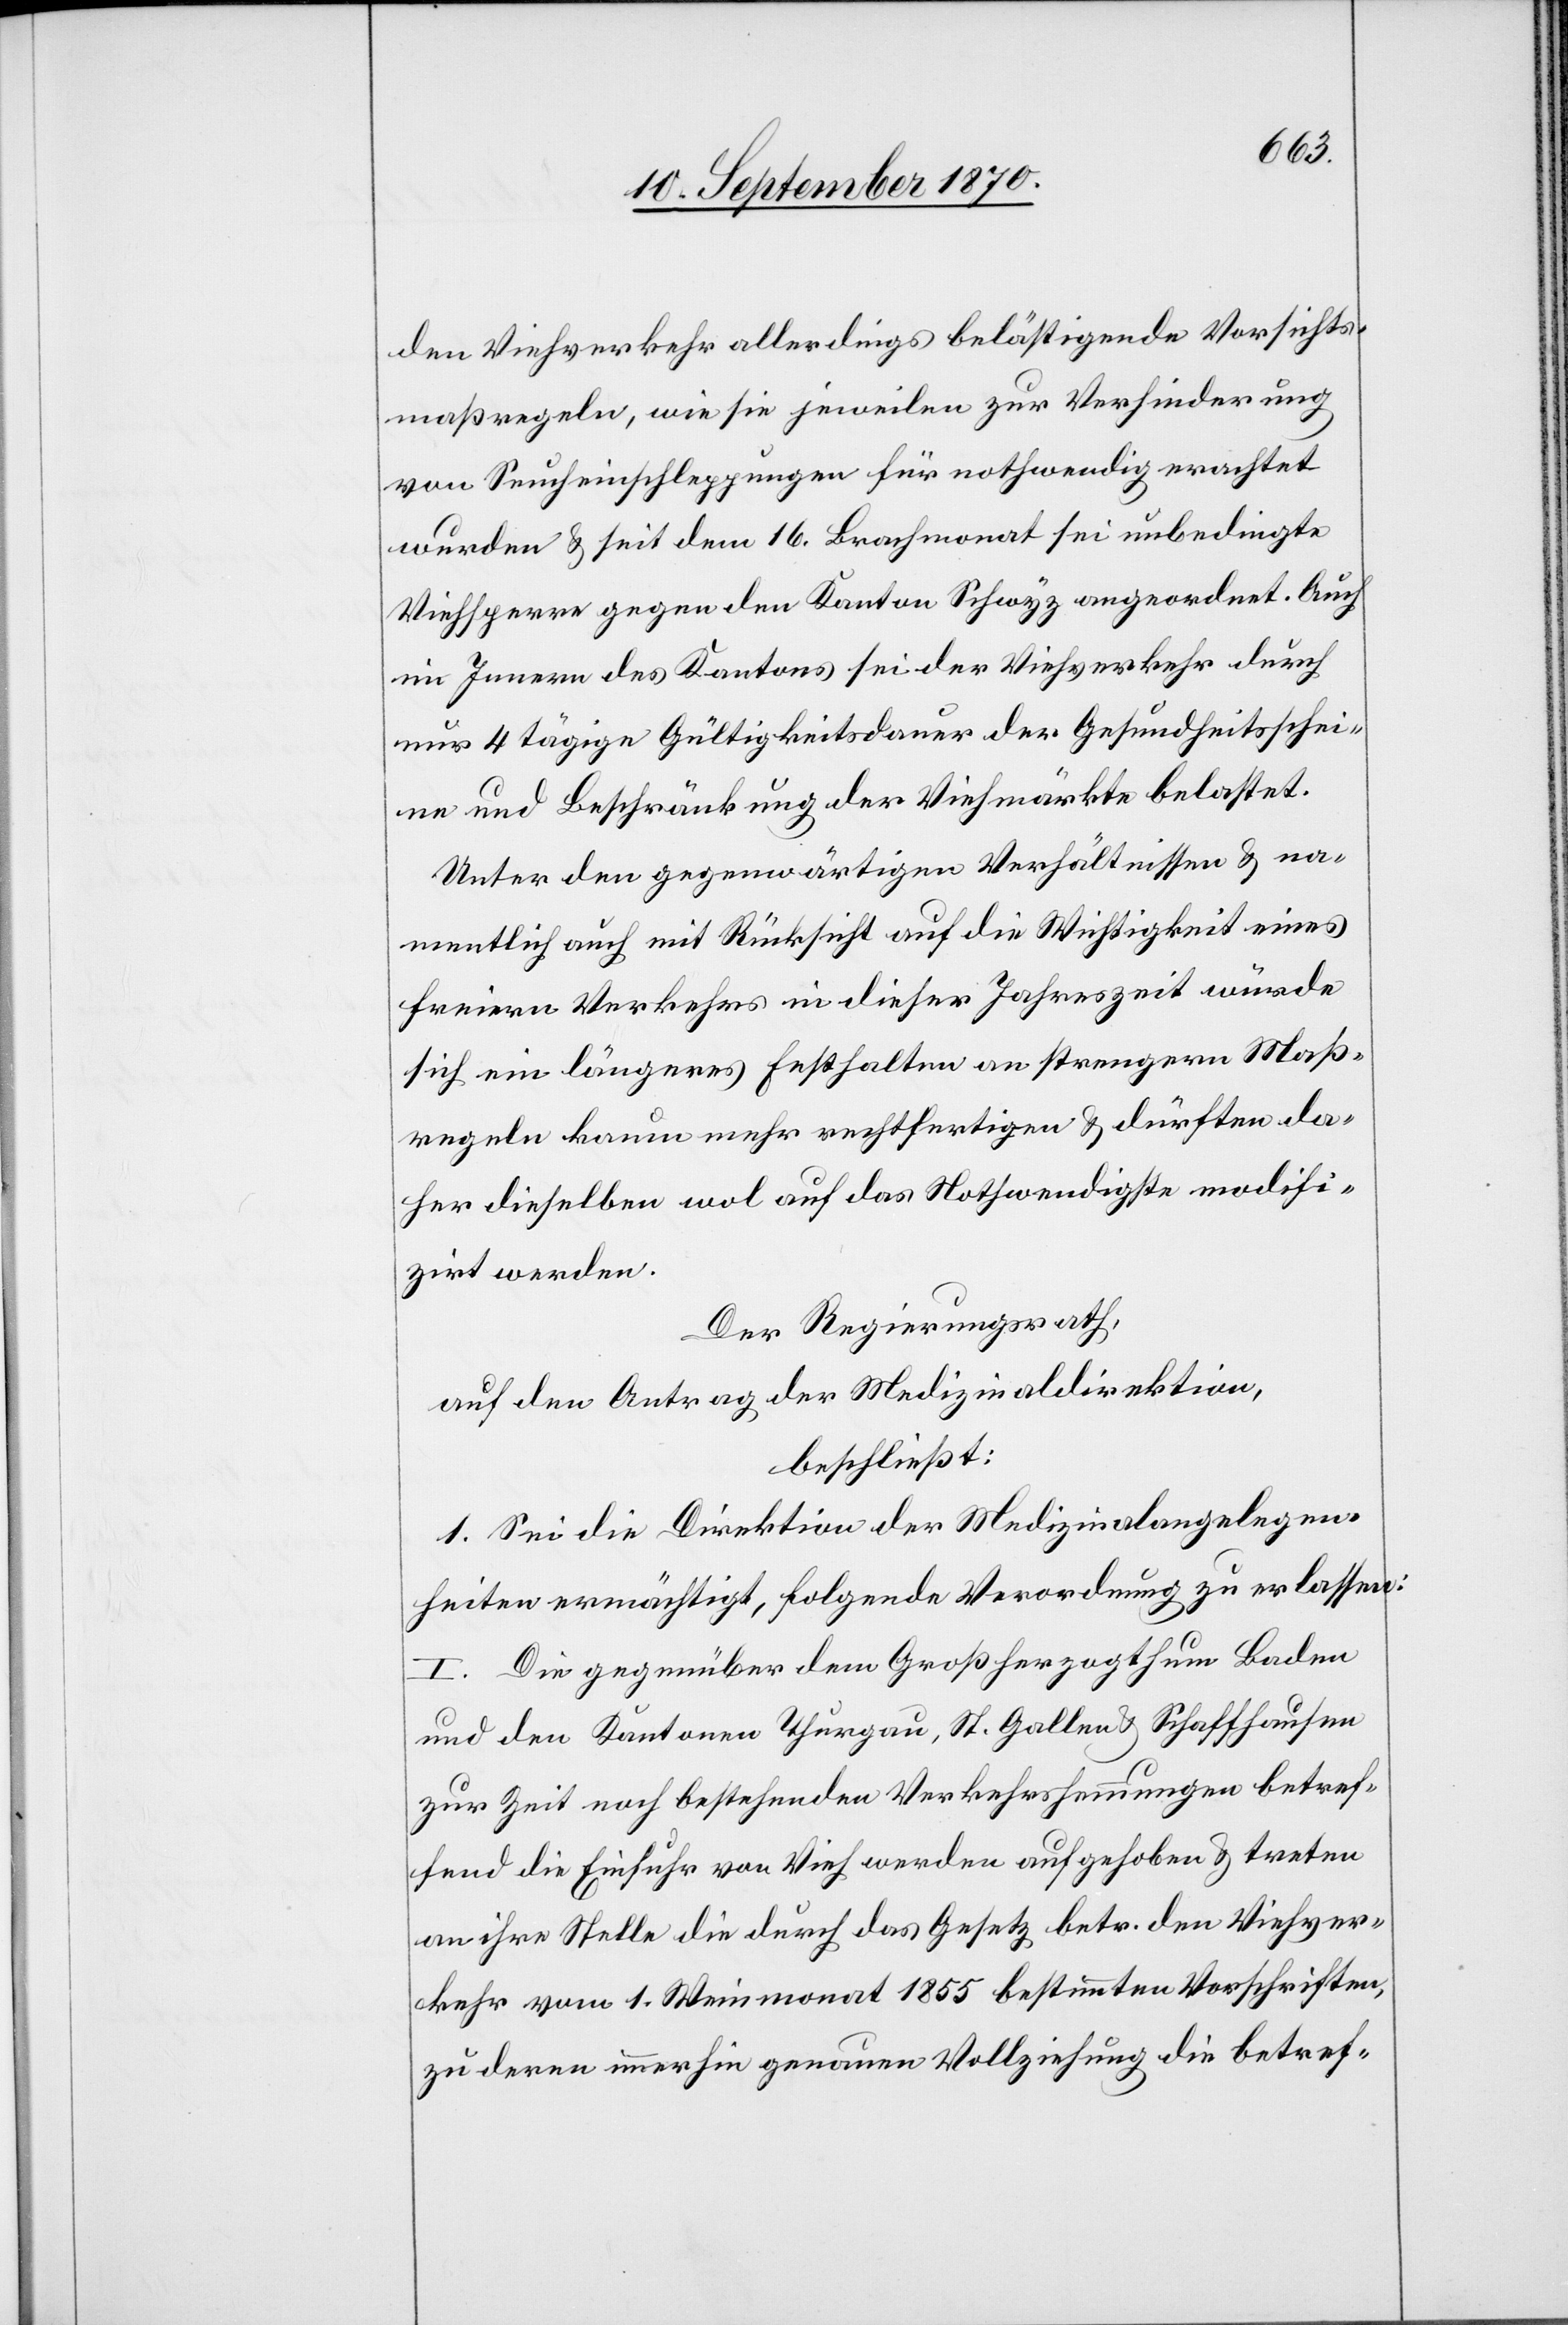
den Viehverkehr allerdings belästigende Vorschrifts¬
maßregeln, wie sie jeweilen zur Verhinderung
von Seucheinschleppungen für nothwendig erachtet
wurden & seit dem 16. Brachmonat sei unbedingte
Viehsperre gegen den Kanton Schwyz angeordnet. Auch
im Innern des Kantons sei der Viehverkehr durch
nur 4 tägige Gültigkeitsdauer der Gesundheitsschei¬
ne und Beschränkung der Viehmärke belastet.
Unter den gegenwärtigen Verhältnissen & na¬
mentlich auch mit Rücksicht auf die Wichtigkeit eines
freiern Verkehrs in dieser Jahreszeit würde
sich ein längeres Festhalten an strengern Maß¬
regeln kaum mehr rechtfertigen & dürften da¬
her dieselben wol auf das Nothwendigste modifi¬
zirt werden.
Der Regierungsrath,
auf den Antrag der Medizinaldirektion,
beschließt:
1. Sei die Direktion der Medizinalangelegen¬
heiten ermächtigt, folgende Verordnung zu erlassen:
I. Die gegenüber dem Großherzogthum Baden
und den Kantonen Thurgau, St. Gallen & Schaffhausen
zur Zeit noch bestehenden Verkehrshemmungen betref¬
fend die Einfuhr von Vieh werden aufgehoben & treten
an ihre Stelle die durch das Gesetz betr. den Viehver¬
kehr vom 1. Weinmonat 1855 bestimmten Vorschriften
zu deren immerhin genauen Vollziehung die betref-